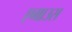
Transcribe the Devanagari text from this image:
एमाउस